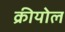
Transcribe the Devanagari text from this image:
क्रीयोल